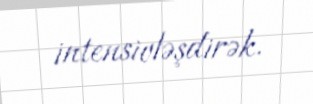
intensivləşdirək.